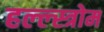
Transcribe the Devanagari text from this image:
हल्ल्स्त्रोम